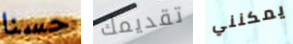
حسنا تقديمك يمكنني